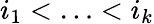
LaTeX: i_{1}<\ldots<i_{k}